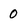
Character: 0